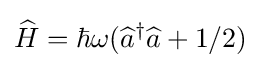
{\widehat {H}}=\hbar \omega ({\widehat {a}}^{\dagger }{\widehat {a}}+1/2)